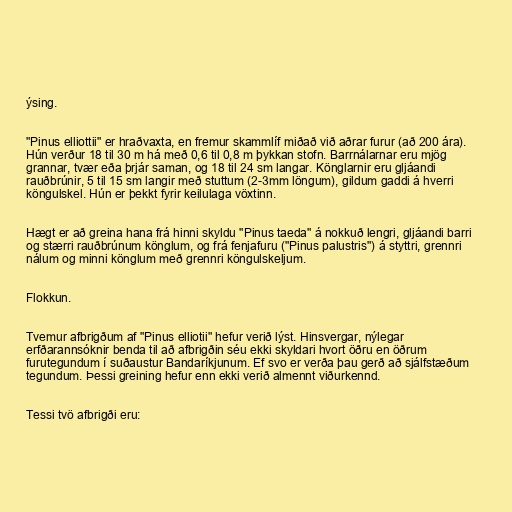
ýsing.

"Pinus elliottii" er hraðvaxta, en fremur skammlíf miðað við aðrar furur (að 200 ára).
Hún verður 18 til 30 m há með 0,6 til 0,8 m þykkan stofn. Barrnálarnar eru mjög
grannar, tvær eða þrjár saman, og 18 til 24 sm langar. Könglarnir eru gljáandi
rauðbrúnir, 5 til 15 sm langir með stuttum (2-3mm löngum), gildum gaddi á hverri
köngulskel. Hún er þekkt fyrir keilulaga vöxtinn.

Hægt er að greina hana frá hinni skyldu "Pinus taeda" á nokkuð lengri, gljáandi barri
og stærri rauðbrúnum könglum, og frá fenjafuru ("Pinus palustris") á styttri, grennri
nálum og minni könglum með grennri köngulskeljum.

Flokkun.

Tvemur afbrigðum af "Pinus elliotii" hefur verið lýst. Hinsvergar, nýlegar
erfðarannsóknir benda til að afbrigðin séu ekki skyldari hvort öðru en öðrum
furutegundum í suðaustur Bandaríkjunum. Ef svo er verða þau gerð að sjálfstæðum
tegundum. Þessi greining hefur enn ekki verið almennt viðurkennd.

Tessi tvö afbrigði eru: